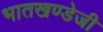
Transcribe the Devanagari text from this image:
भातखण्डेजी